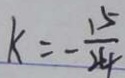
k = - \frac { 1 5 } { 2 4 }